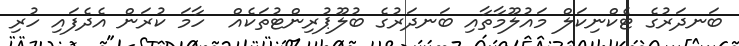
ބަނދަރުގެ ޓެކްނިކަލް މައުލޫމާތާއި ބަނދަރުގެ ބުލޫޕުރިންޓުތަކެއް  ހާމަ ކުރަން އެދެފައި ހުރި